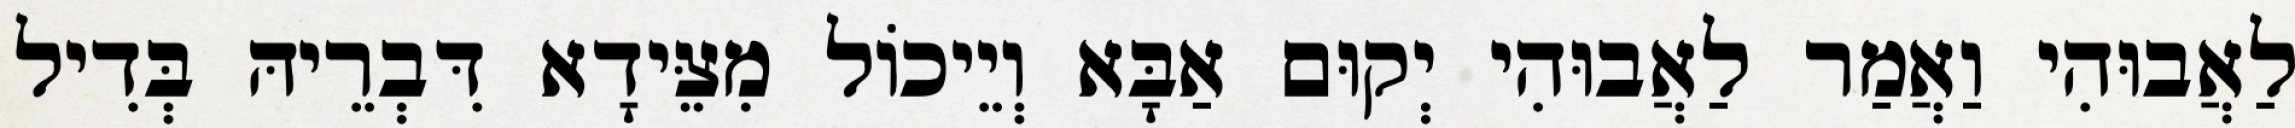
לַאֲבוּהִי וַאֲמַר לַאֲבוּהִי יְקוּם אַבָּא וְיֵיכוֹל מִצֵּידָא דִּבְרֵיהּ בְּדִיל